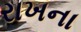
રાખના